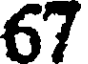
67